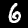
Label: 6